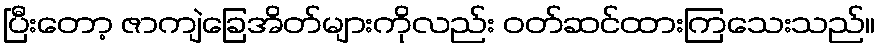
ပြီးတော့ ဇာကျဲခြေအိတ်များကိုလည်း ဝတ်ဆင်ထားကြသေးသည်။